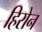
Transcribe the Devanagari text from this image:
हिरोन